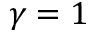
\gamma = 1